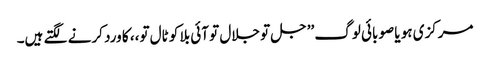
مرکزی ہو یا صوبائی لوگ ’’جل تو جلال تو آئی بلا کو ٹال تو،، کا ورد کرنے لگتے ہیں۔